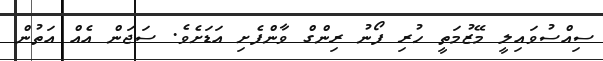
ސިއްސުވައިލީ މޭޒުމަތީ ހުރި ފޯނު ރިންގް ވާންފެށި އަޑަށެވެ. ސަޖަން އެއް އަތުން